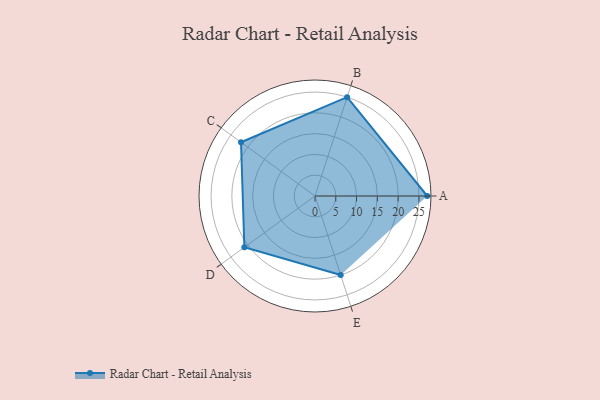
{"axis": {"x": "Skill", "y": "Score"}, "legend": ["Profile"], "data": [{"x": "A", "y": 27.0, "type": "Profile"}, {"x": "B", "y": 25.0, "type": "Profile"}, {"x": "C", "y": 22.0, "type": "Profile"}, {"x": "D", "y": 21.0, "type": "Profile"}, {"x": "E", "y": 20, "type": "Profile"}]}